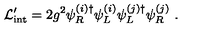
{ \cal L } _ { \mathrm { i n t } } ^ { \prime } = 2 g ^ { 2 } \psi _ { R } ^ { ( i ) \dagger } \psi _ { L } ^ { ( i ) } \psi _ { L } ^ { ( j ) \dagger } \psi _ { R } ^ { ( j ) } \ .